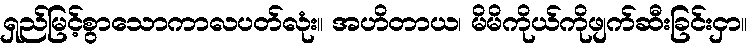
ရှည်မြင့်စွာသောကာလပတ်လုံး။ အဟိတာယ၊ မိမိကိုယ်ကိုဖျက်ဆီးခြင်းငှာ။